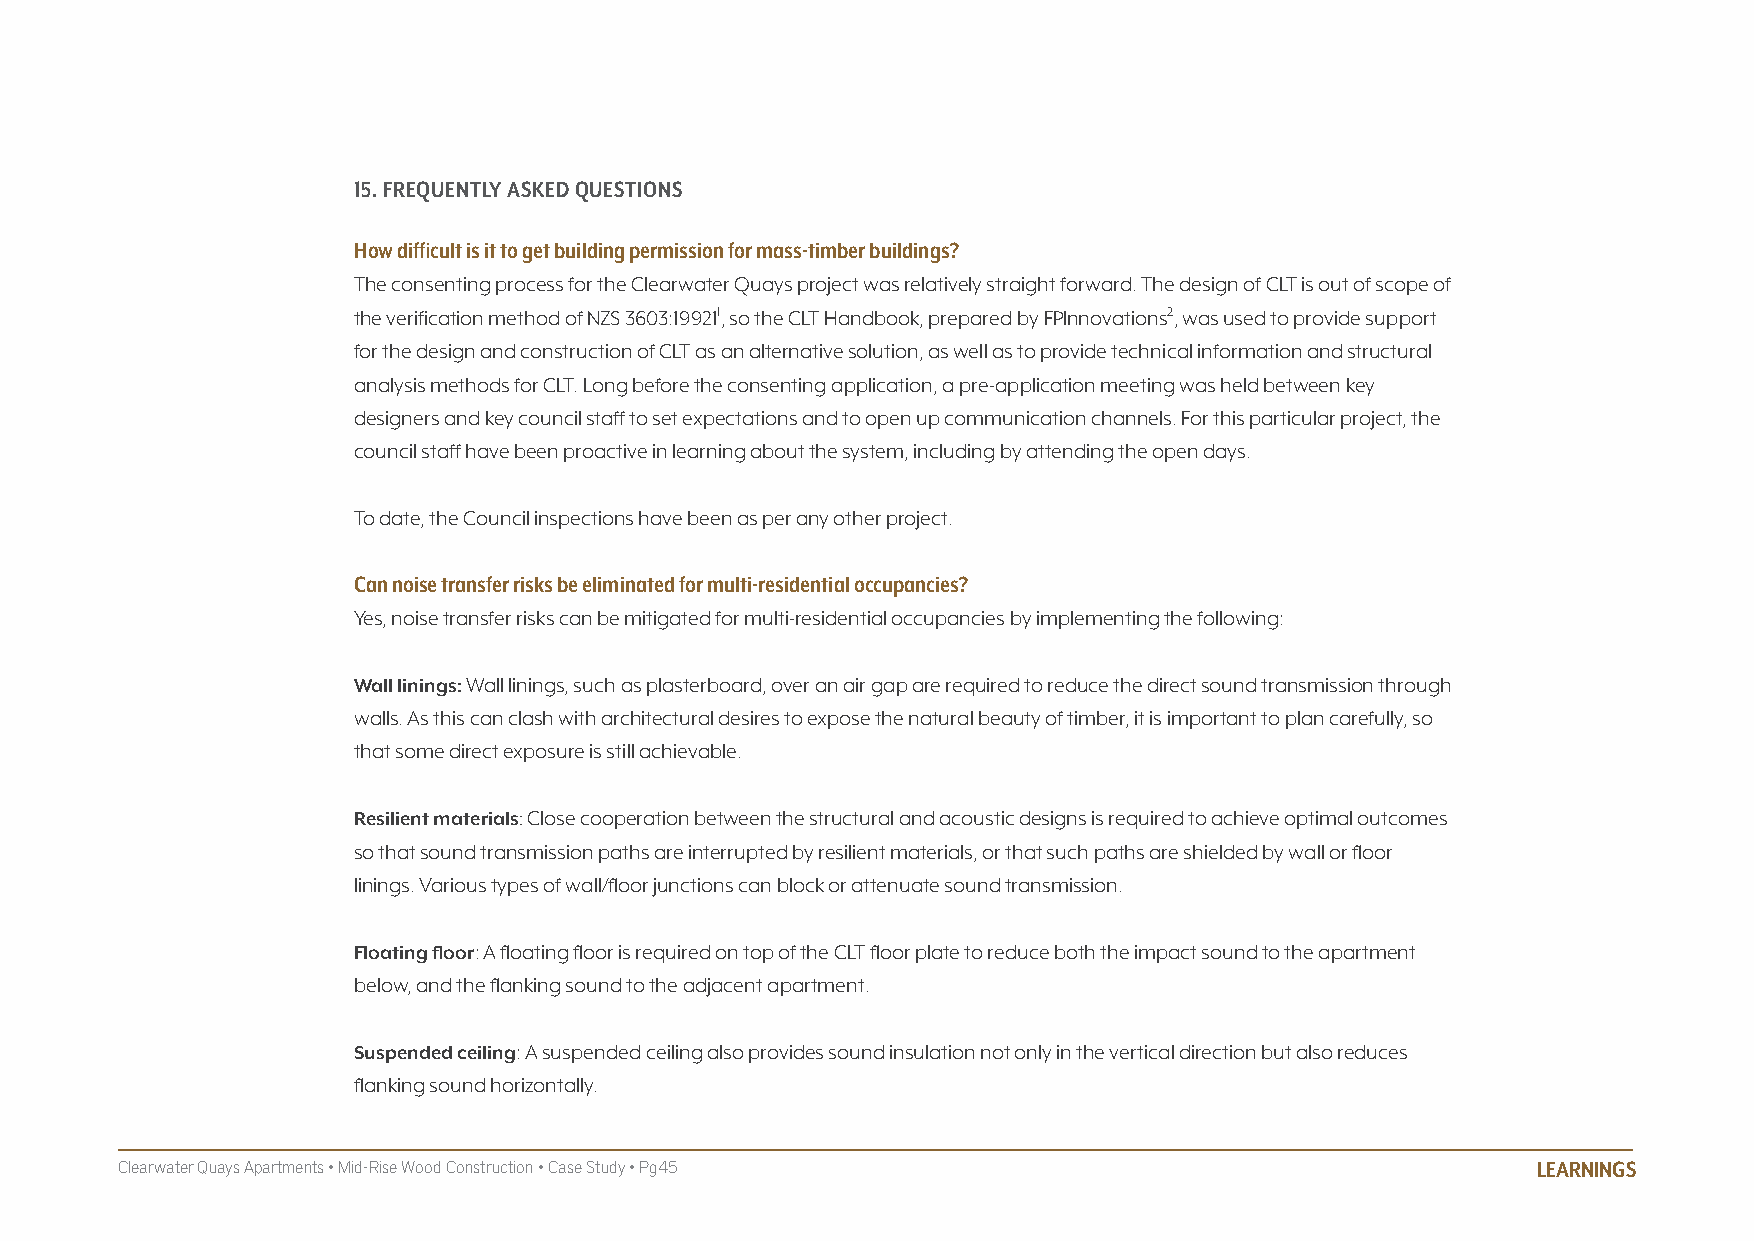
15. fREQUENTLy ASkED QUESTIONS
 How difficult is it to get building permission for mass-timber buildings?
 The consenting process for the Clearwater Quays project was relatively straight forward. The design of CLT is out of scope of
 the verification method of NZS 3603:199211, so the CLT Handbook, prepared by FPInnovations2, was used to provide support
 for the design and construction of CLT as an alternative solution, as well as to provide technical information and structural
 analysis methods for CLT. Long before the consenting application, a pre-application meeting was held between key
 designers and key council staff to set expectations and to open up communication channels. For this particular project, the
 council staff have been proactive in learning about the system, including by attending the open days.
 To date, the Council inspections have been as per any other project.
 Can noise transfer risks be eliminated for multi-residential occupancies?
 Yes, noise transfer risks can be mitigated for multi-residential occupancies by implementing the following:
 Wall linings: Wall linings, such as plasterboard, over an air gap are required to reduce the direct sound transmission through
 walls. As this can clash with architectural desires to expose the natural beauty of timber, it is important to plan carefully, so
 that some direct exposure is still achievable.
 Resilient materials: Close cooperation between the structural and acoustic designs is required to achieve optimal outcomes
 so that sound transmission paths are interrupted by resilient materials, or that such paths are shielded by wall or floor
 linings. Various types of wall/floor junctions can block or attenuate sound transmission.
 Floating floor: A floating floor is required on top of the CLT floor plate to reduce both the impact sound to the apartment
 below, and the flanking sound to the adjacent apartment.
 Suspended ceiling: A suspended ceiling also provides sound insulation not only in the vertical direction but also reduces
 flanking sound horizontally.
 Clearwater Quays Apartments • Mid-Rise Wood Construction • Case Study • Pg45                  LEARNINGS